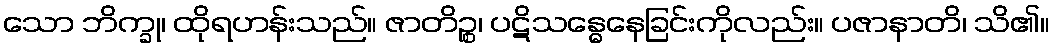
သော ဘိက္ခု၊ ထိုရဟန်းသည်။ ဇာတိဉ္စ၊ ပဋိသန္ဓေနေခြင်းကိုလည်း။ ပဇာနာတိ၊ သိ၏။